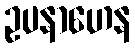
ဥပနာဟေန